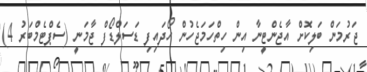
ޖަރުމަން ބަލިކޮށް އާޖެންޓީނާ އިން ހިތްހަމަޖެހުން ހޯދައިފި ޑަސަލްޑޯފް ޖާމަނީ (ސެޕްޓެމްބަރު 4)